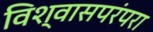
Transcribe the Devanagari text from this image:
विश्वासपरंपरा